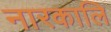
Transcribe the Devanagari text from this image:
नारकालि